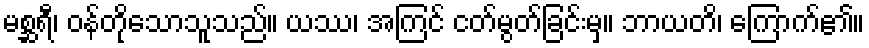
မစ္ဆရီ၊ ဝန်တိုသောသူသည်။ ယဿ၊ အကြင် ငတ်မွတ်ခြင်းမှ။ ဘာယတိ၊ ကြောက်၏။